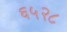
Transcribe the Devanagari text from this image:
६५२८